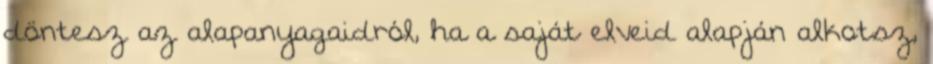
döntesz az alapanyagaidról, ha a saját elveid alapján alkotsz,